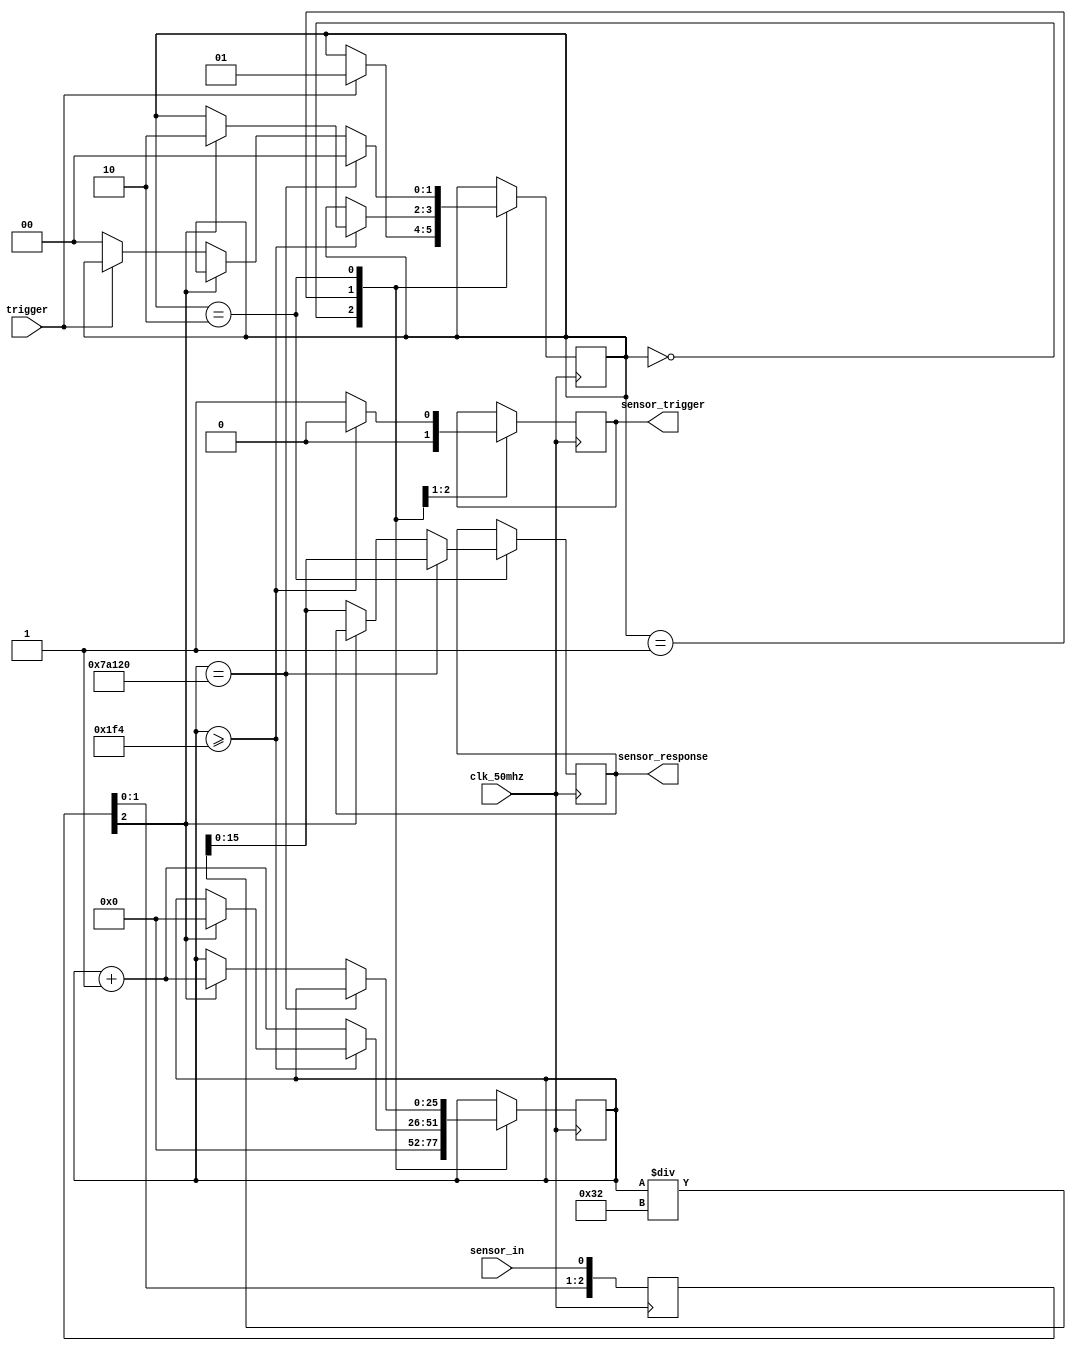
//Ultra-sonic distance sensor interface
//Tristan Woodrich
//v1 external trigger version.
//April 10th, 2018

module usd_sensor(
	input clk_50mhz,
	input sensor_in,
	input trigger,
	
	output reg sensor_trigger,
	output reg [15:0] sensor_response);

	reg [4:0] sync_chain;
	reg [1:0] state;
	reg [25:0] counter;//counter set to allow a count of 50 million, to allow a full second timing

	
	parameter [1:0] RESET 	= 	2'b00, //state definitions
						 TRIGGER = 	2'b01,
						 TIME	=	2'b10;
					
	always @(posedge clk_50mhz) begin //Synchronizer chain
		sync_chain[2] <= sync_chain[1];
		sync_chain[1] <= sync_chain[0];
		sync_chain[0] <= sensor_in;
	end
	
	always @(posedge clk_50mhz) begin
	
		case (state)
		
			RESET: begin //reset counter and trigger output
				counter <= 0;
				sensor_trigger <= 0;
				if (trigger == 1) state <= TRIGGER;
			end
			
			TRIGGER: begin //sends a 10 microsecond pulse to the sensor
				if (counter >= 500) begin  //500 clocks to get 10
					sensor_trigger <= 0;
					if(sync_chain[2] == 1) begin //transition to time once the sensor begins returning a value
						state <= TIME;
						counter <= 0;
					end
				end
				else begin
					sensor_trigger <= 1;
					counter <= counter + 1;
				end
			end
			
			TIME: begin //increment the counter as long as the input signal is high.
				
				if (counter == 500000) begin //time out if 1/100th of a second goes by. (Distance > 3.43 meters)
					state <= RESET;
					sensor_response <= (counter/50); //return counter value. 
				end
				
				else if (sync_chain[2] == 1) begin
					counter <= counter + 1;
				end
		
				else begin //once signal goes low, output the counter value.
					sensor_response <= (counter/50);
					if (trigger == 0) state <= RESET;
				end
			end
			
		endcase
		
	end
endmodule